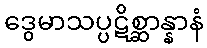
ဒွေမာသပ္ပဋိစ္ဆာန္နာနံ